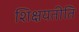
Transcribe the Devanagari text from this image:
शिक्षयतीति